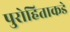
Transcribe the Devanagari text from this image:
पुरोहिताकडे